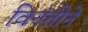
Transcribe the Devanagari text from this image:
विनंतीने